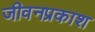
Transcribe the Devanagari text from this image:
जीवनप्रकाश